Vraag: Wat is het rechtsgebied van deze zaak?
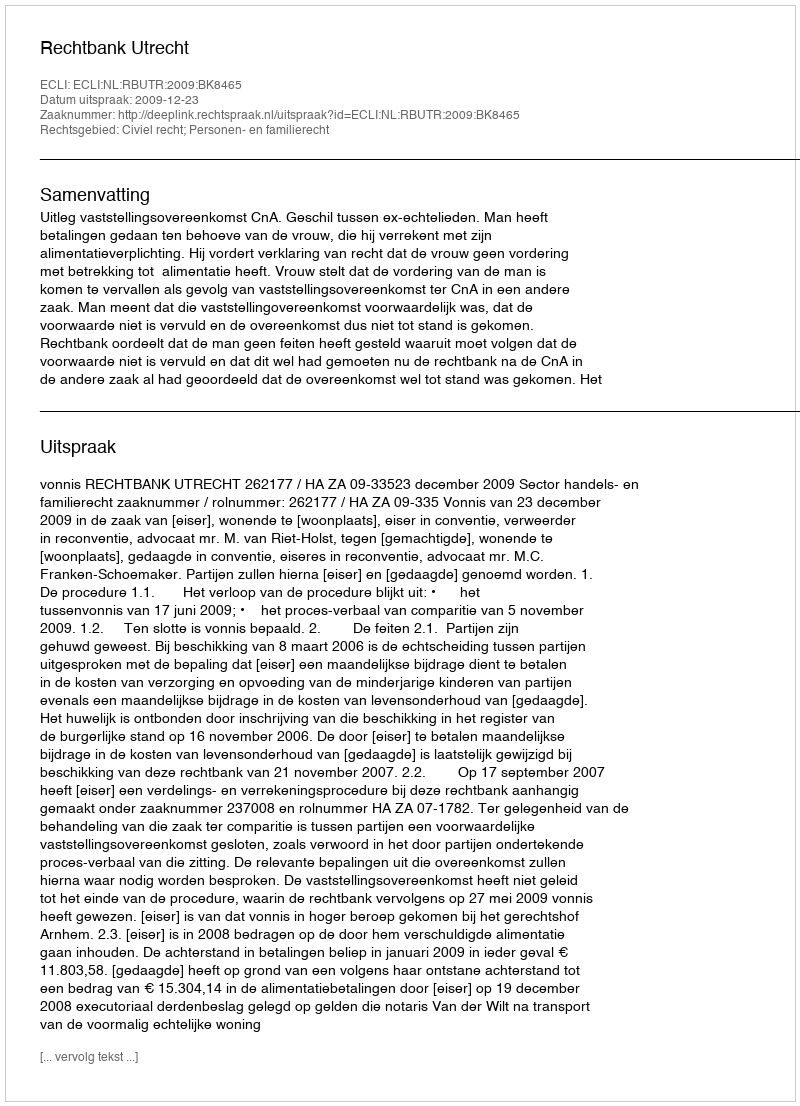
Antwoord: Civiel recht; Personen- en familierecht